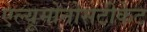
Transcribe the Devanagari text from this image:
एल्यूमोनोसटीकेट